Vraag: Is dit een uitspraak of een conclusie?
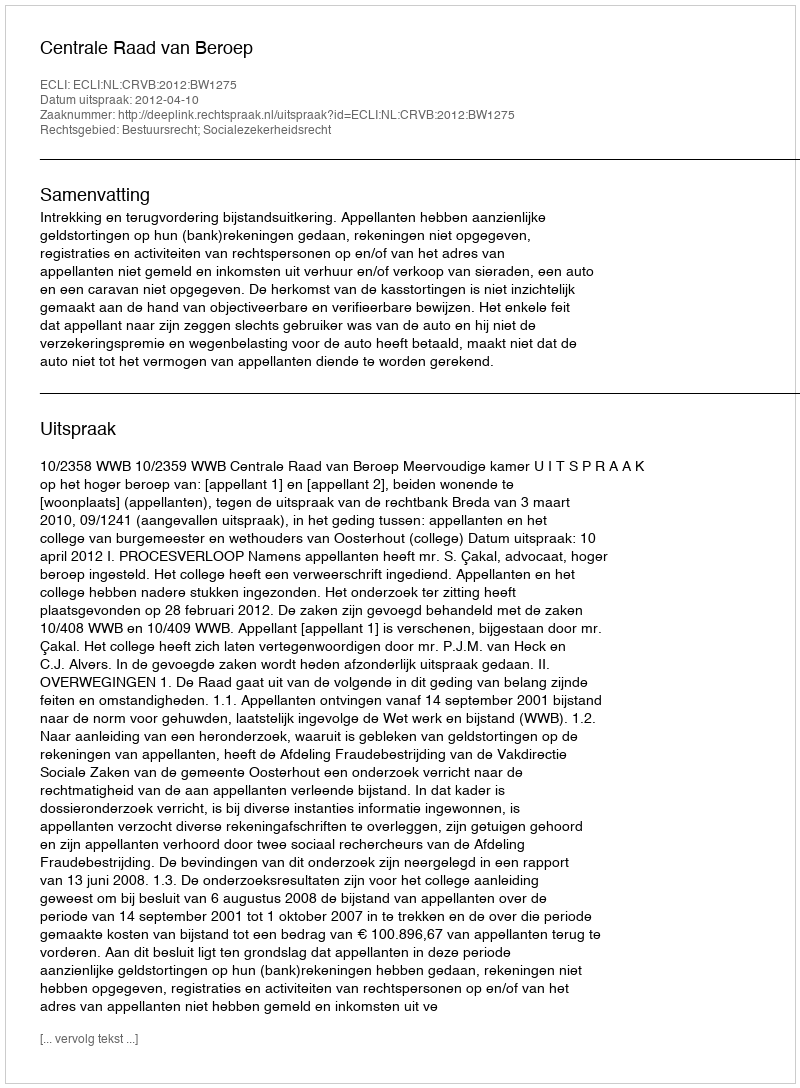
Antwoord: Uitspraak